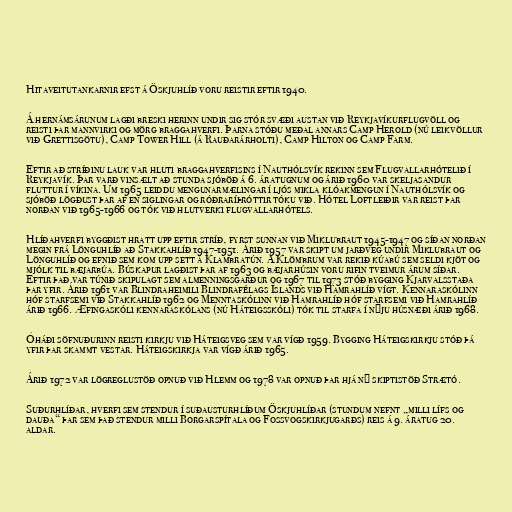
Hitaveitutankarnir efst á Öskjuhlíð voru reistir eftir 1940.

Á hernámsárunum lagði breski herinn undir sig stór svæði austan við Reykjavíkurflugvöll og
reisti þar mannvirki og mörg braggahverfi. Þarna stóðu meðal annars Camp Herold (nú leikvöllur
við Grettisgötu), Camp Tower Hill (á Rauðarárholti), Camp Hilton og Camp Farm.

Eftir að stríðinu lauk var hluti braggahverfisins í Nauthólsvík rekinn sem Flugvallarhótelið í
Reykjavík. Þar varð vinsælt að stunda sjóböð á 6. áratugnum og árið 1960 var skeljasandur
fluttur í víkina. Um 1965 leiddu mengunarmælingar í ljós mikla klóakmengun í Nauthólsvík og
sjóböð lögðust þar af en siglingar og róðraríþróttir tóku við. Hótel Loftleiðir var reist þar
norðan við 1965-1966 og tók við hlutverki flugvallarhótels.

Hlíðahverfi byggðist hratt upp eftir stríð, fyrst sunnan við Miklubraut 1945-1947 og síðan norðan
megin frá Lönguhlíð að Stakkahlíð 1947-1951. Árið 1957 var skipt um jarðveg undir Miklubraut og
Lönguhlíð og efnið sem kom upp sett á Klambratún. Á Klömbrum var rekið kúabú sem seldi kjöt og
mjólk til bæjarbúa. Búskapur lagðist þar af 1963 og bæjarhúsin voru rifin tveimur árum síðar.
Eftir það var túnið skipulagt sem almenningsgarður og 1967 til 1973 stóð bygging Kjarvalsstaða
þar yfir. Árið 1961 var Blindraheimili Blindrafélags Íslands við Hamrahlíð vígt. Kennaraskólinn
hóf starfsemi við Stakkahlíð 1962 og Menntaskólinn við Hamrahlíð hóf starfsemi við Hamrahlíð
árið 1966. Æfingaskóli kennaraskólans (nú Háteigsskóli) tók til starfa í nýju húsnæði árið 1968.

Óháði söfnuðurinn reisti kirkju við Háteigsveg sem var vígð 1959. Bygging Háteigskirkju stóð þá
yfir þar skammt vestar. Háteigskirkja var vígð árið 1965.

Árið 1972 var lögreglustöð opnuð við Hlemm og 1978 var opnuð þar hjá ný skiptistöð Strætó.

Suðurhlíðar, hverfi sem stendur í suðausturhlíðum Öskjuhlíðar (stundum nefnt „milli lífs og
dauða“ þar sem það stendur milli Borgarspítala og Fossvogskirkjugarðs) reis á 9. áratug 20.
aldar.